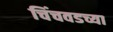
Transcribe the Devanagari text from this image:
चिंचवडच्या